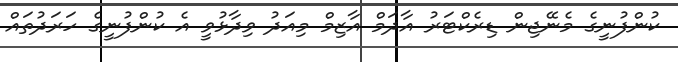
ކުންފުނީގެ މެނޭޖިން ޑިރެކްޓަރު އާދަމް އާޒިމް މިއަދު ވިދާޅުވީ އެ ކުންފުނީގެ ހަރަދުތައް